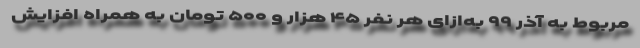
مربوط به آذر ۹۹ به‌ازای هر نفر ۴۵ هزار و ۵۰۰ تومان به همراه افزایش